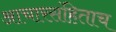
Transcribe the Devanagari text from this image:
आचारसंहिताच